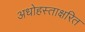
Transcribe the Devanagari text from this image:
अधोहस्ताक्षरित